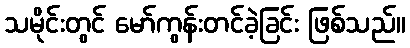
သမိုင်းတွင် မော်ကွန်းတင်ခဲ့ခြင်း ဖြစ်သည်။